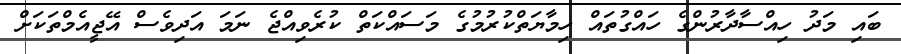
ބައި މަދު ހިއްސާދާރުންގެ ހައްގުތައް ހިމާޔަތްކުރުމުގެ މަސައްކަތް ކުރެވިއްޖެ ނަމަ އަދިވެސް އޭޖީއެމްތަކަށް